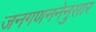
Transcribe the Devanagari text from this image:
जनगणननेनुसार